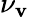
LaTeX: \nu_{\mathbf{v}}